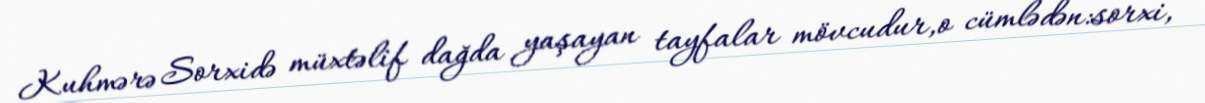
Kuhmərə Sorxidə müxtəlif dağda yaşayan tayfalar mövcudur,o cümlədən:sorxi,